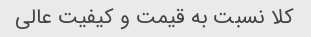
کلا نسبت به قیمت و کیفیت عالی